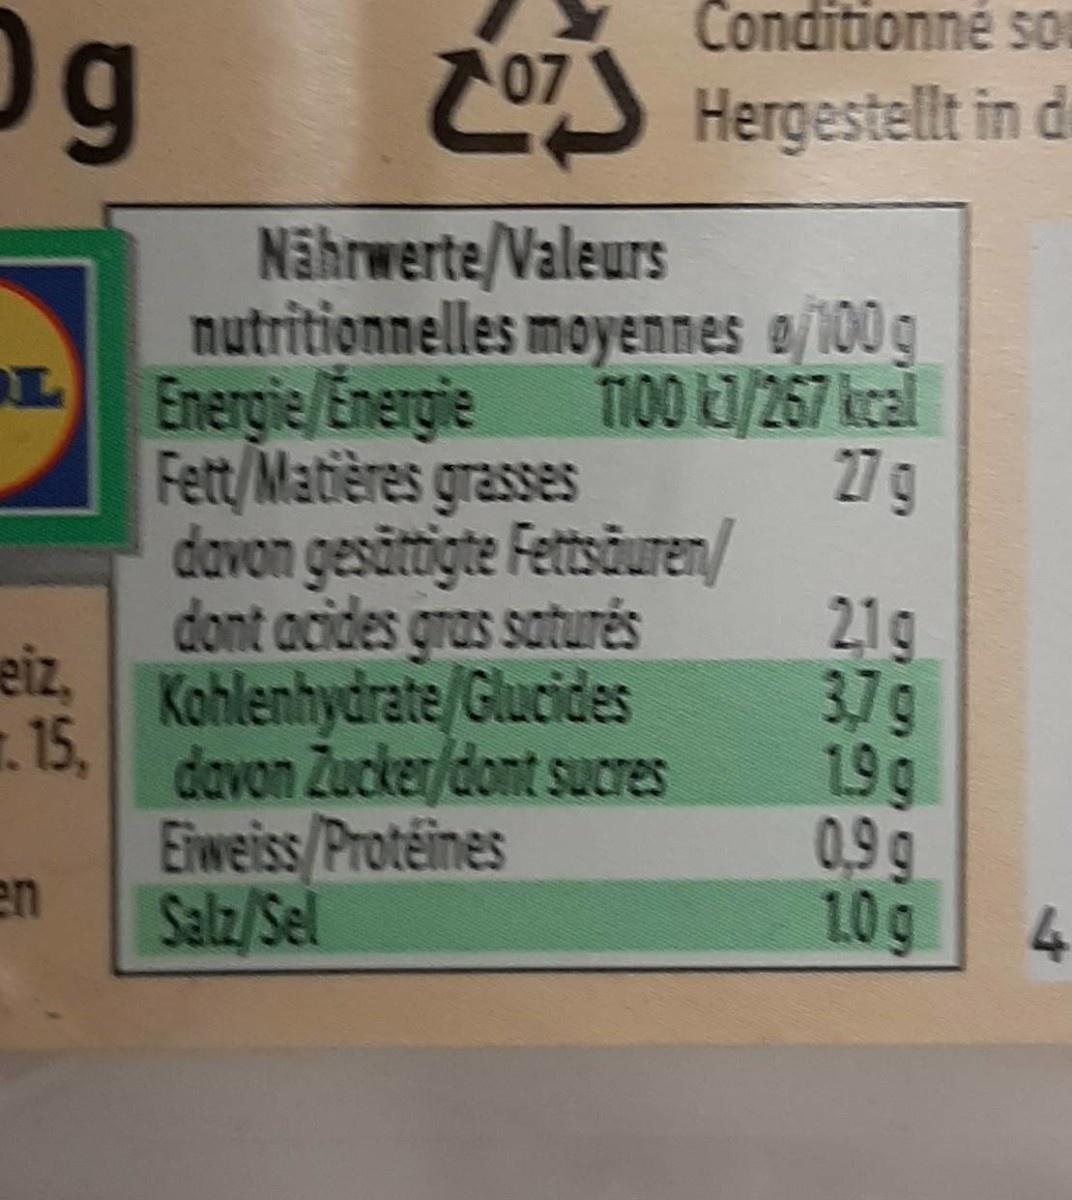
Conditionné sO
0g
CS Hergestellt in de
Nährwerte/Valeurs nutritionnelles moyennes e/100g
LEnergie/Energie
TI00 J/267 kcal 27 g
Fett/Matières grasses
davon gesättigte Fettsäuren/ dont acides gras saturés eiz, Kohlenhydrate/Glucides . 15,
21g 37g 19g 0,9g 10g
davon Zucker/dont sucres
Eiweiss/Proteines en Salz/Sel